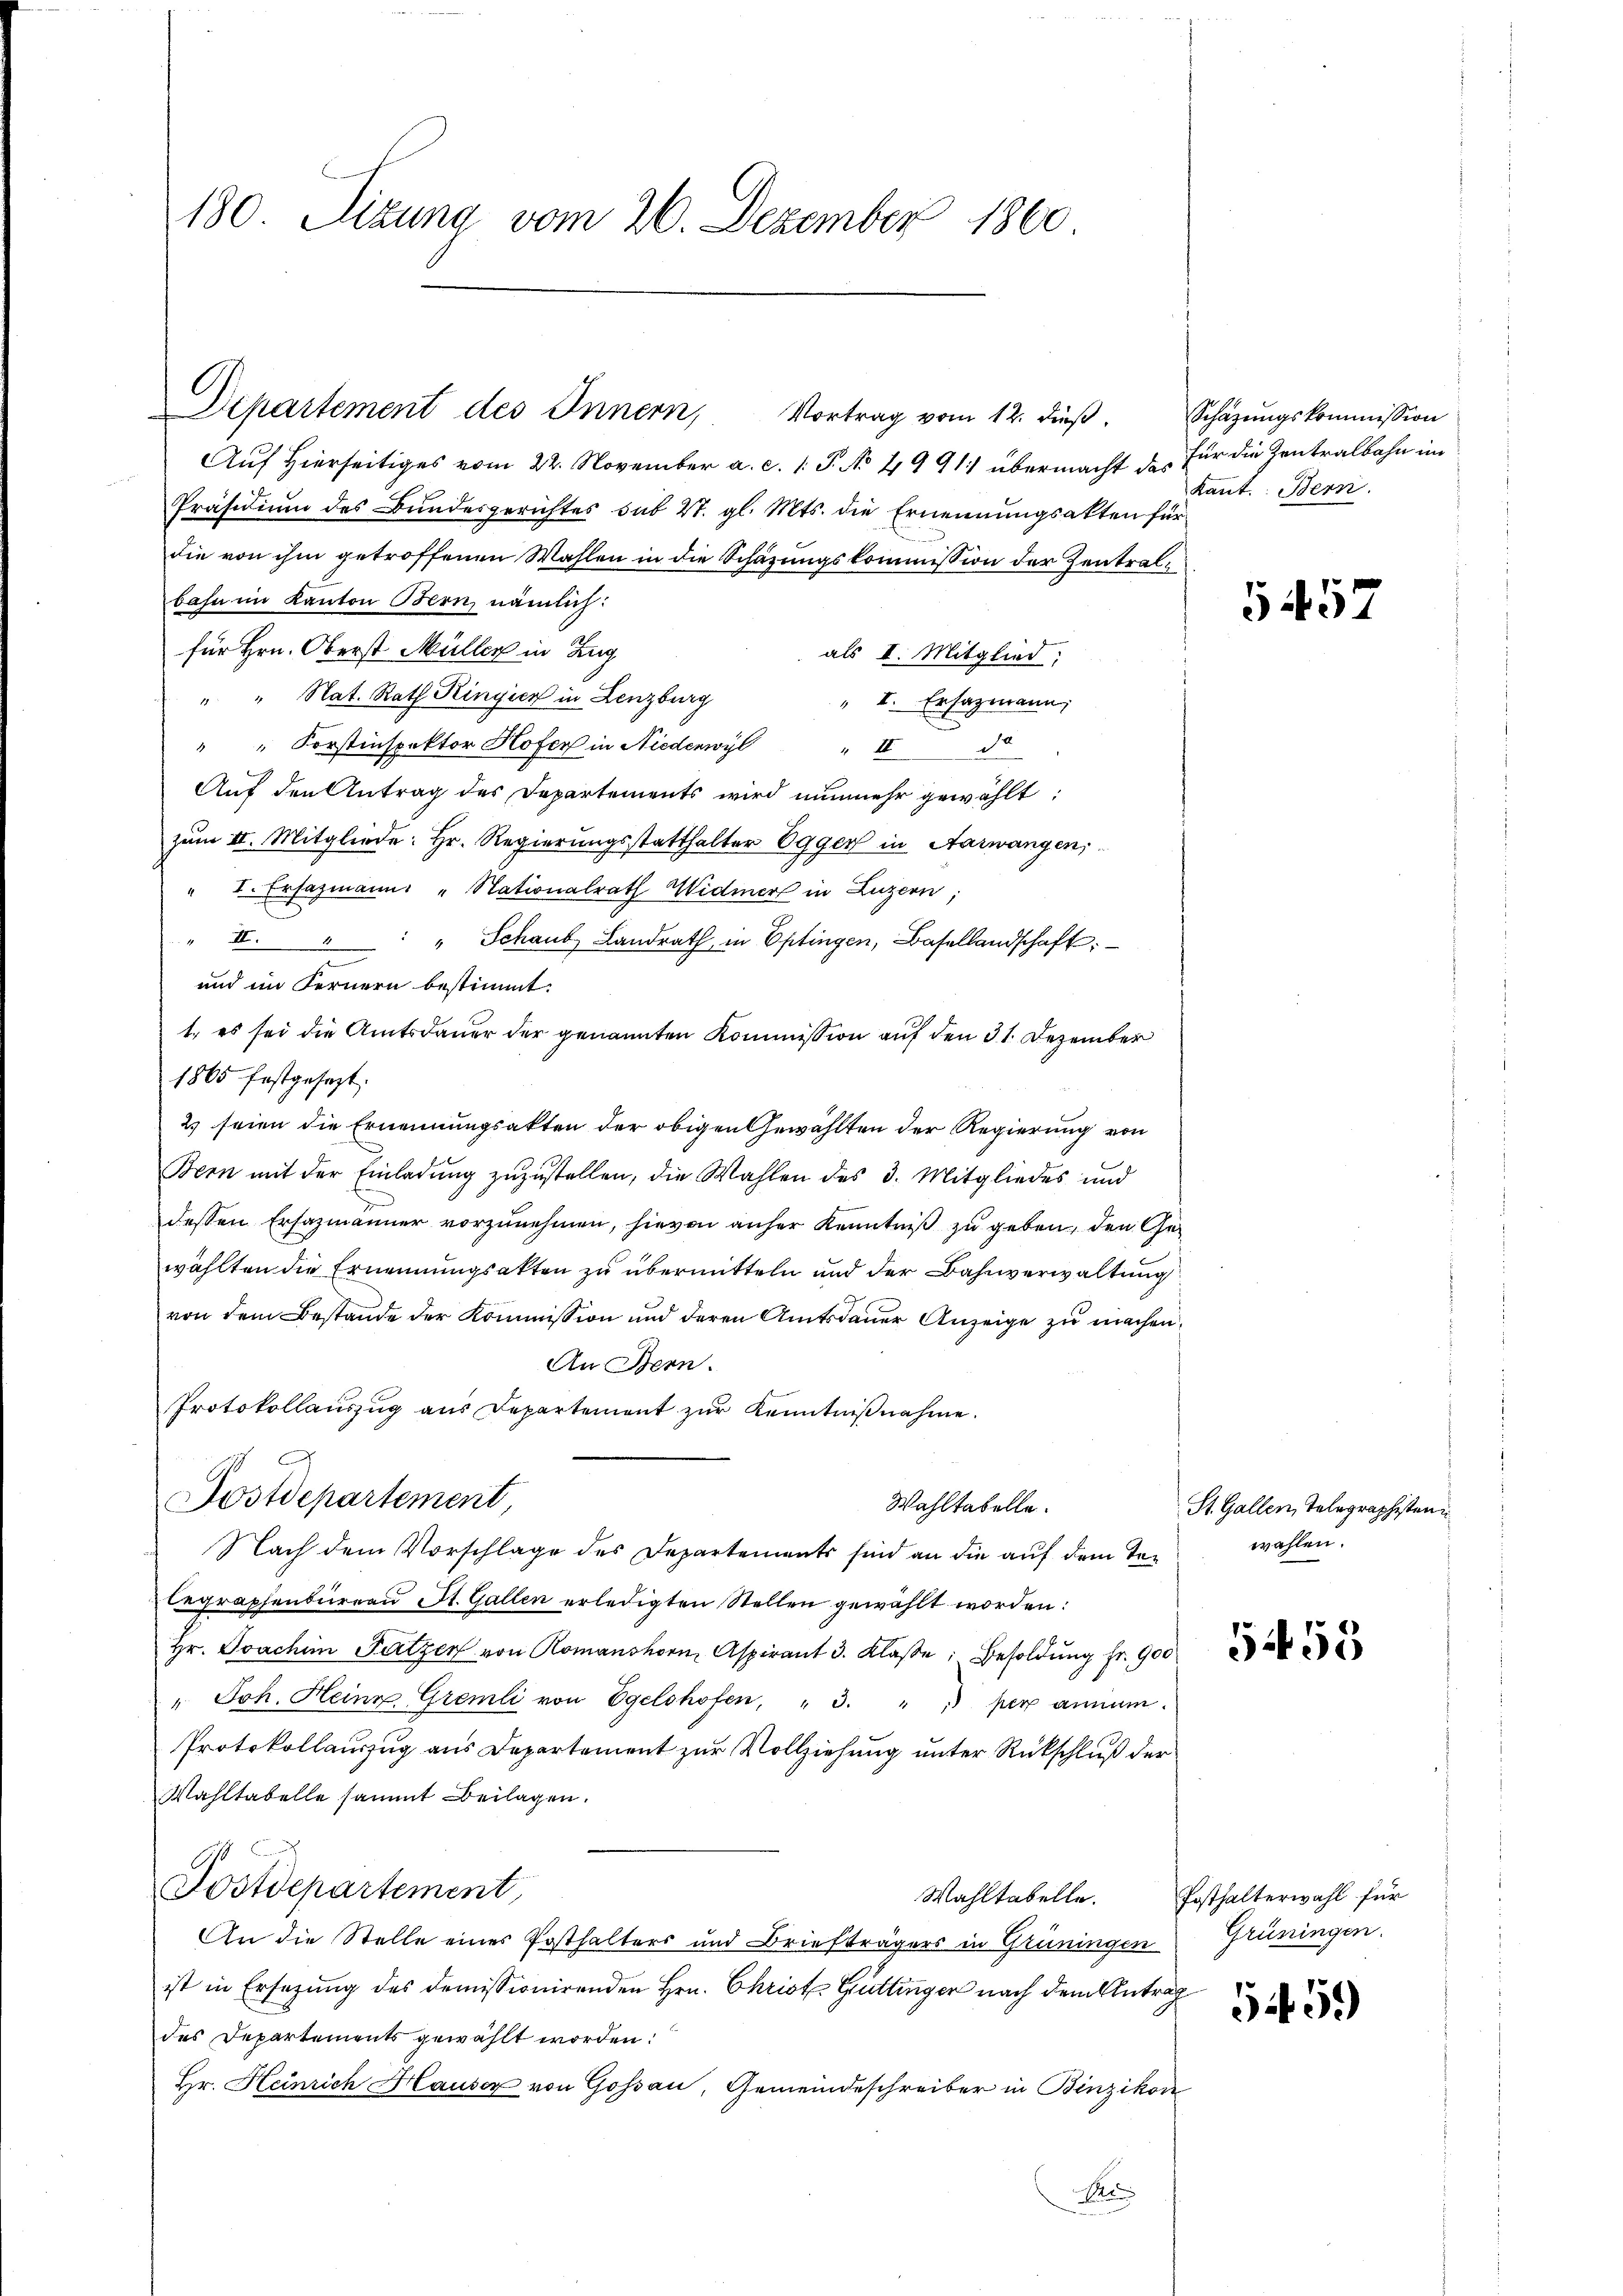
180. Sizung vom 26. Dezember 1860

Departement des Innern, Vortrag vom 12. dieß.

Auf Hierseitiges vom 22. November a. c. 1. P. No 4991 übermacht das für die Zentralbahn im
Präsidium des Bundesgerichtes sub 21. gl. Mts. die Ernennungsakten für
die von ihm getroffenen Wahlen in die Schazungskommission der Zentralbahn im Kanton Bern nämlich:
für Hrn. Oberst Müller in Zug
als II. Mitglied:
" " Nat. Rath Ringien in Lenzburg
" I. Ersazmann,
" " Forstinspektor Hofer in Niedenwyl " II 2
Auf den Antrag des Departements wird nunmehr gewählt:
zum II. Mitgliede: Hr. Regierungsstatthalter Egger in Aarwangen,
" I. Ersazmann: "Nationalrath Widmer in Luzern;
" II. " " " Schaus Landrath in Optingen, Basellandschaft:
und im Fernern bestimmt.
1. es sei die Amtsdauer der genannten Kommission auf den 31. Dezember
1865 festgesezt.
2) seien die Ernennungsakten der obigen Gewählten der Regierung von
Bern mit der Einladŭng zuzustellen, die Wahlen des 3. Mitgliedes und
dessen Ersazmänner vorzunehmen, hievon anher Kenntniß zu geben, den Gewählten die Ernennungsakten zu übermitteln und der Bahnverwaltung
von dem Bestande der Kommission und deren Amtsdauer Anzeige zu machen,
An Bern.
Protokollauszug aus Departement zur Kenntniβnahme.
Fostdepartement,
Wahltabelle.
Nach dem Vorschlage des Departements sind an die auf dem Tolegraphenbüreaŭ St. Gallen erledigten Stellen gewählt worden:
Hr. Joachim Patzen von Romanshorn Aspirant 3. Klaße, Besoldung fr. 900
" Joh. Heine Gremli von Egelshofen, " 3. " " per annum.
Protokollauszug aus Departement zur Vollziehung unter Rückschluß der
Wahltabelle sammt Beilagen.
Postdepartement,
Wahltabelle. Posthalterwahl für
An die Stelle einer Posthalters und Briefträgers in Grüningen
ist in Ersatzung des demissionirenden Hrn. Christ Guttinger nach dem Anträg
des Departements gewählt worden:
Hr. Heinrich Hauser von Goßau, Gemeindeschreiber in Binzikon
Ae

Schazungskommission
kant. Bern.

St. Gallen, Telegraphisten
wahlen.

5457

5458

Grüningen.

5459)